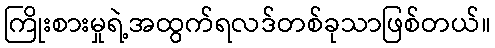
ကြိုးစားမှုရဲ့အထွက်ရလဒ်တစ်ခုသာဖြစ်တယ်။